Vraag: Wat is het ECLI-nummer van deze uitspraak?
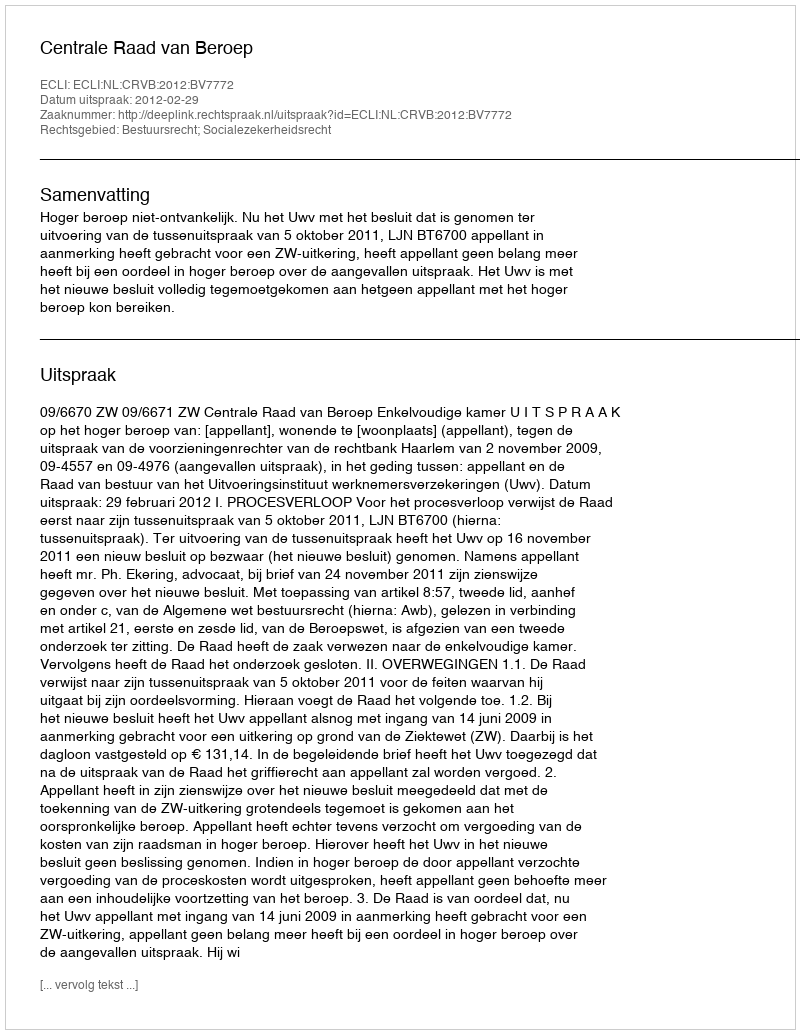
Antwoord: ECLI:NL:CRVB:2012:BV7772